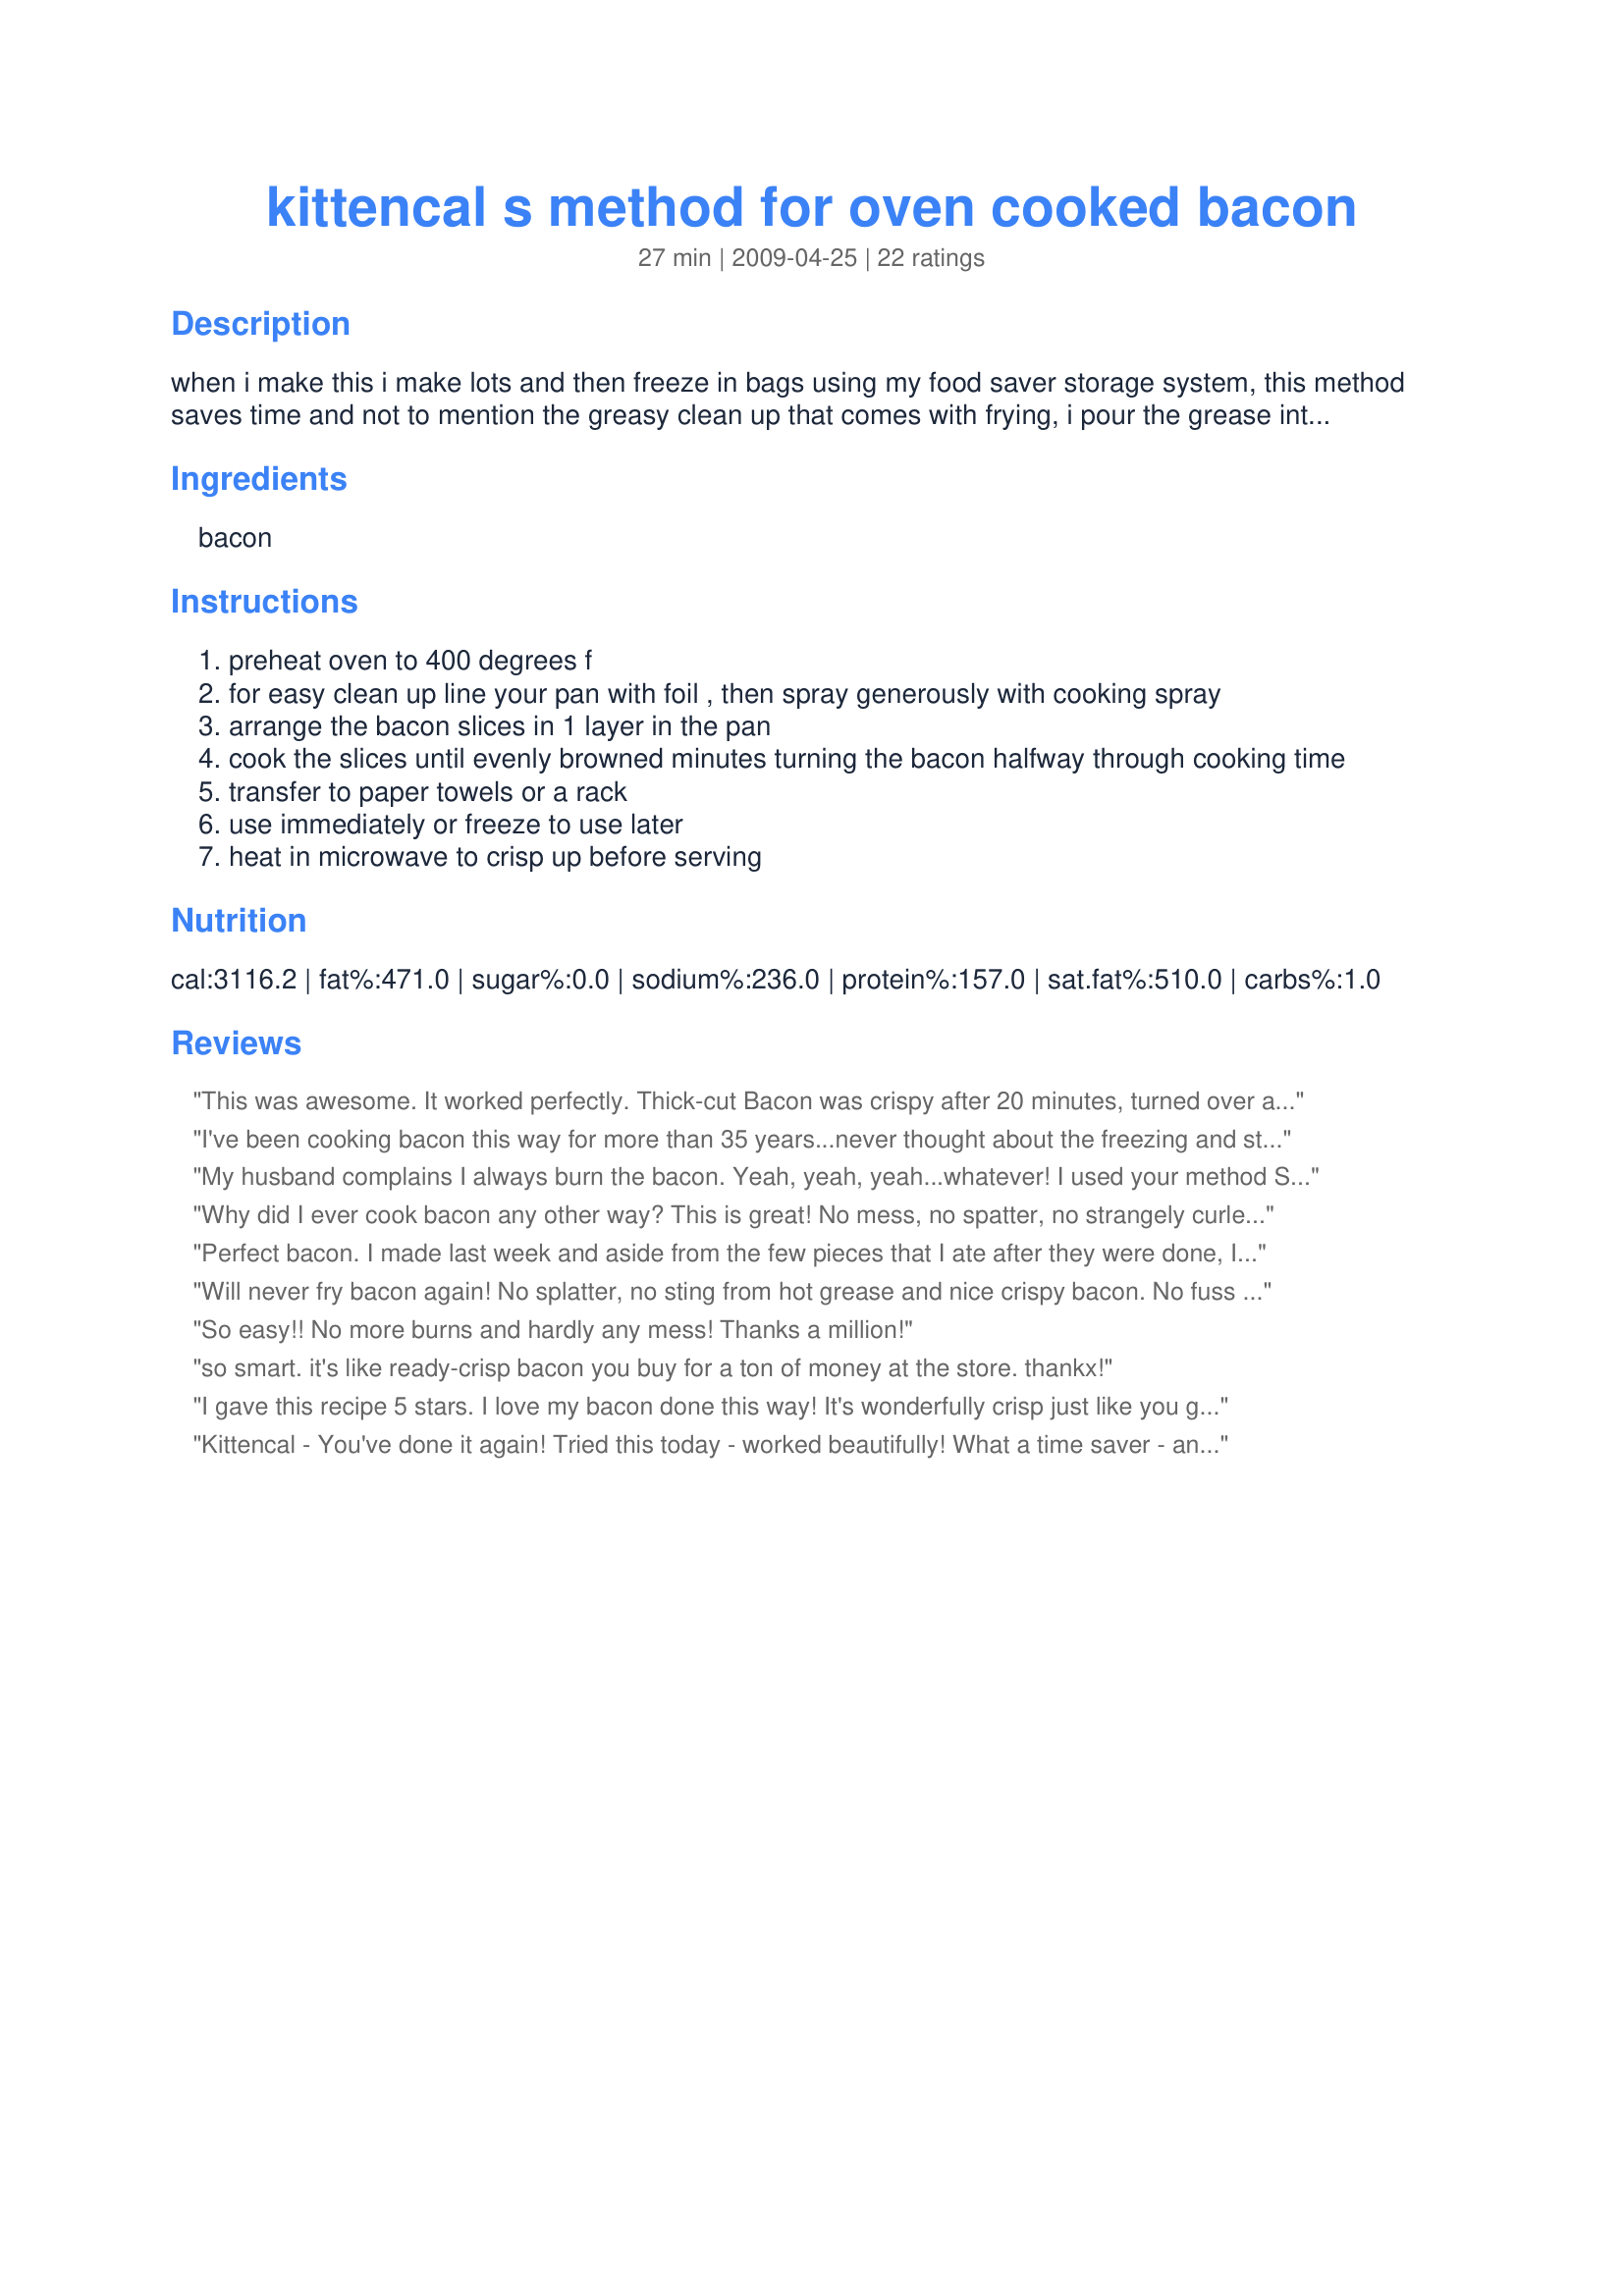
kittencal s method for oven cooked bacon
Preparation time: 27 minutes

when i make this i make lots and then freeze in bags using my food saver storage system, this method saves time and not to mention the greasy clean up that comes with frying, i pour the grease into a pyrex measuring cup then save and refrigerate overnight or until hard then scoop out a few tablespoons at a time, freeze on plates then i place in freezer bags to use in recipes to add flavor, you may save or discard the grease --- since rz system would not accept one ingredient i have listed 1-1/2 pounds bacon separately, you may of course use as much as you like.

Ingredients:
bacon

Steps:
preheat oven to 400 degrees f
for easy clean up line your pan with foil , then spray generously with cooking spray
arrange the bacon slices in 1 layer in the pan
cook the slices until evenly browned minutes turning the bacon halfway through cooking time
transfer to paper towels or a rack
use immediately or freeze to use later
heat in microwave to crisp up before serving

Reviews:
This was awesome. It worked perfectly. Thick-cut Bacon was crispy after 20 minutes, turned over at 10. We like ours limp, so we'll try 17 next time. Clean up was a snap with tin foil covering the pan. I made a huge batch and cut the strips in half with a pair of kitchen scissors after they were cooked, layed them 4 strips at a time between layers of wax paper, sealed them in a plastic freezer baggie, and now whenever we want bacon, I just pull a few out, 20 seconds in the microwave and viola! No bacon smell permiating the entire house, and no greasy spots all over my clothes and favorite apron. I'll never make it the old-fashioned way again! Thanks again, Kittencal!
I've been cooking bacon this way for more than 35 years...never thought about the freezing and storing for later use issue, but it's a great idea. I use a grill 'pan' that has small holes for drainage, rather like an old-style broiler pan. I don't use foil... What I like best about this method is that the bacon is less salty and doesn't cook in it's own fat....and it's just plain easier than standing over a grease-spitting frying pan!
My husband complains I always burn the bacon. Yeah, yeah, yeah...whatever! I used your method Saturday morning and it was fantastic! No mess! I loved it. Oh, and he didn't complain! Will be doing bacon this way from now on! Thanks!!
Why did I ever cook bacon any other way? This is great! No mess, no spatter, no strangely curled slices, just nice, crisp, flat bacon with minimum effort and cleanup. I lined my pan with foil, but did not spray it--no problem! I think I may reduce the time slightly next time.
This is another winner! Thanks, Kittencal! Made for KK's Chef's Pick Tag.
Perfect bacon. I made last week and aside from the few pieces that I ate after they were done, I did freeze. I made this last week and tonight I made an omelet and used a couple of frozen strips of bacon with that recipe. The bacon tasted fresh and gave the dish a lovely flavor. You are an awesome cook, Kittencal, and thanks for posting this recipe
Will never fry bacon again! No splatter, no sting from hot grease and nice crispy bacon. No fuss clean up so that is a big plus too. Also drained my bacon on paper towels before serving. Thank you sweetie for the tips!
So easy!! No more burns and hardly any mess! Thanks a million!
so smart. it's like ready-crisp bacon you buy for a ton of money at the store. thankx!
I gave this recipe 5 stars. I love my bacon done this way! It's wonderfully crisp just like you get in the restaurants. I only make my bacon this way now as it's so easy! The only difference is I cook my bacon for 15 minutes. I love the fact that my shirts don't get stained from grease splashes and I don't get grease burns. I'll try lining my pan w/foil next time for easy clean-up. I too also drain my bacon on paper towels to soak the extra grease. Thanks for the freezing & microwave tip! I will for sure make my bacon this way again! Thanks for posting a wonderful recipe! Christine (internetnut)
Kittencal - You've done it again! Tried this today - worked beautifully! What a time saver - and no heavy smoky smell throughout the house. Thanks soooooo much for a great tip!
the only way to make bacon in my opinion. it stays flat and gets nicely crisp. I drain the grease half way through cooking. save yourself some clean up and use foil.
This was so much easier to make then cooking it on the stove. I used turkey bacon and this only took five minutes to cook in my oven.
This deserves more than 5*'s! I must admit I burned my first batch, but it was totally my fault. I set the timer for the second half of cooking time, but stepped away and did not hear the timer. Oh boy, what a waste LOL! However, the second batch was a winner by far. I lined my pans with foil, using the fatty ends of the bacon that I had cut off, to rub on the foil instead of nonstick spray. The bacon cooked perfectly, with much less shrinkage that cooking on the stove and it was perfectly crispy. I plan never to cook bacon on the stove again. Lining the pans with foil is just as important to the ease of this recipe as cooking it in the oven. Clean up such a breeze. I had nice bacon drippings to save with no muss or fuss! Drained on paper towels, put some in the freezer and some in the fridge to add to salads, etc. Thanks Kittencal!
Excellent! And best of all... no popping grease from the frying pan. My poor hubby loves bacon and I won't buy it because I hate to fry it. After trying this recipe, hubby will now get his bacon again. Thanks Kittencal for another winning recipe!
Not sure what took me so long to try making bacon in the oven; perhaps it was this morning when I was frying it, stovetop, and saw the "mess" I had. So, I stopped frying and baked the rest, following your directions, and Viola! the very best bacon ever. Should have known. Thank you once again.
Awesome awesome awesome!!! I will never ever ever make bacon in the microwave or stovetop again (well, maybe in the hot summer :) I was worried about splatter and mess inside my oven - or that the grease might catch fire - but this was perfect! Thank you Kitten!
First time I've ever tried to make bacon in the oven and I wasn't disappointed! No stove top mess to clean up and I didn't smell like bacon for the rest of the day! WOO HOO!! I used my Pampered Chef bar pan and upped the oven to 425 degrees to make it go a bit faster. Only about 2/3 of a pound of bacon would fit on my pan so I did three batches to get a full two pounds cooked for BLT's for dinner (with some left over for breakfast the next day). I didn't drain my grease or anything between batches, simply removed the cooked bacon and layed out the raw bacon on the hot pan in the drippings; just be careful not to tip your pan as you're taking it in and out of the oven! You won't be disappointed!
What a great way to cook bacon. I had half a package of bacon that needed to be used and cooked it to perfection using this method. I'll avoid the frying method whenever possible from now on. Made for 1~2~3 Hits Tag.
I must have forgotten to review this, but the other reviews say it all. Simple, crisp, easy, and oh-so-good. Kittencal rocks!
the only way I make my bacon, great post Kit
I have been doing my bacon this way for years. It was especially great when my kids were still in school. I stored it in the freezer with wax paper between them and just took out what I needed, zapped it in the micro and we had breakfast! Although my kids are grown I still do my bacon this way so it is available always for salads, burgers or breakfast!
No more grease all over the stove & bacon cooks up nice & flat. While on vacation, I even cooked a batch the night before so we could enjoy it for a quick early breakfast. I stopped spraying the foil & the bacon still lifts up easily. I found draining the grease before putting a new layer of bacon on the tray, reduces burning & mess in the oven. I strain the grease then pour it into an ice cube tray & once frozen, transfer it to a freezer bag. I freeze bacon to crumble into salads, roasted veggies, BLT sandwiches, etc... My son-in-law thought it wouldn't taste the same but I served it to him for New Year's brunch & he couldn't tell it was previously frozen. I reheat it on a plate in the microwave with paper towel over top. Now we have bacon whenever we want. Many many thanks Kittencal!
